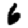
Digit: 6